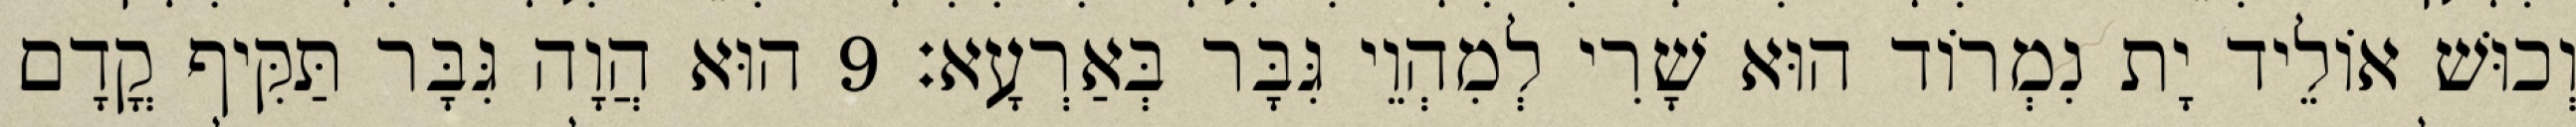
וְכוּשׁ אוֹלֵיד יָת נִמְרוֹד הוּא שָׁרִי לְמִהְוֵי גִּבָּר בְּאַרְעָא׃ 9 הוּא הֲוָה גִּבָּר תַּקִּיף קֳדָם